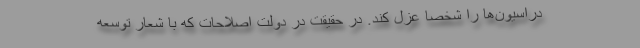
دراسیون‌ها را شخصا عزل کند. در حقیقت در دولت اصلاحات که با شعار توسعه